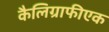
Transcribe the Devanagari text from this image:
कैलिग्राफीएक